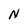
Character: N